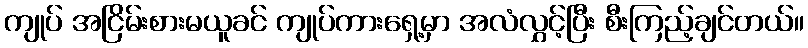
ကျုပ် အငြိမ်းစားမယူခင် ကျုပ်ကားရှေ့မှာ အလံလွှင့်ပြီး စီးကြည့်ချင်တယ်။